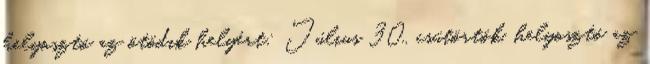
helyosztó az ötödik helyért: Július 30., csütörtök, helyosztó az